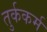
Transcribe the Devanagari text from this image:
तुर्ककर्म